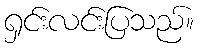
ရှင်းလင်းပြသည်။